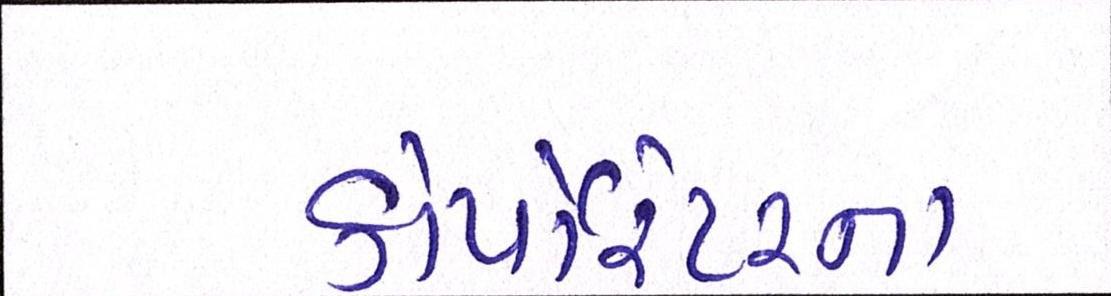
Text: કોર્પેારેટરના